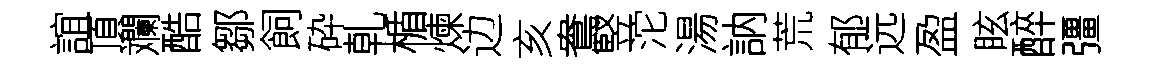
誼頂斕酷鄒飼砕乹楯煉边亥鴦竪沱湯訥荒郁远盈眩醉彊